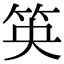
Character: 䇦